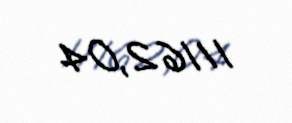
11162,04